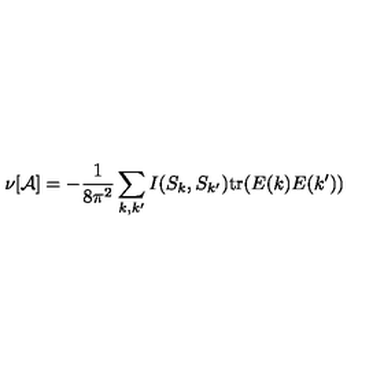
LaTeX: \nu [ { \cal A } ] = - \frac { 1 } { 8 \pi ^ { 2 } } \sum _ { k , k ^ { \prime } } I ( S _ { k } , S _ { k ^ { \prime } } ) \mathrm { t r } ( E ( k ) E ( k ^ { \prime } ) )